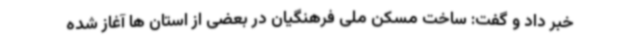
خبر داد و گفت: ساخت مسکن ملی فرهنگیان در بعضی از استان ها آغاز شده